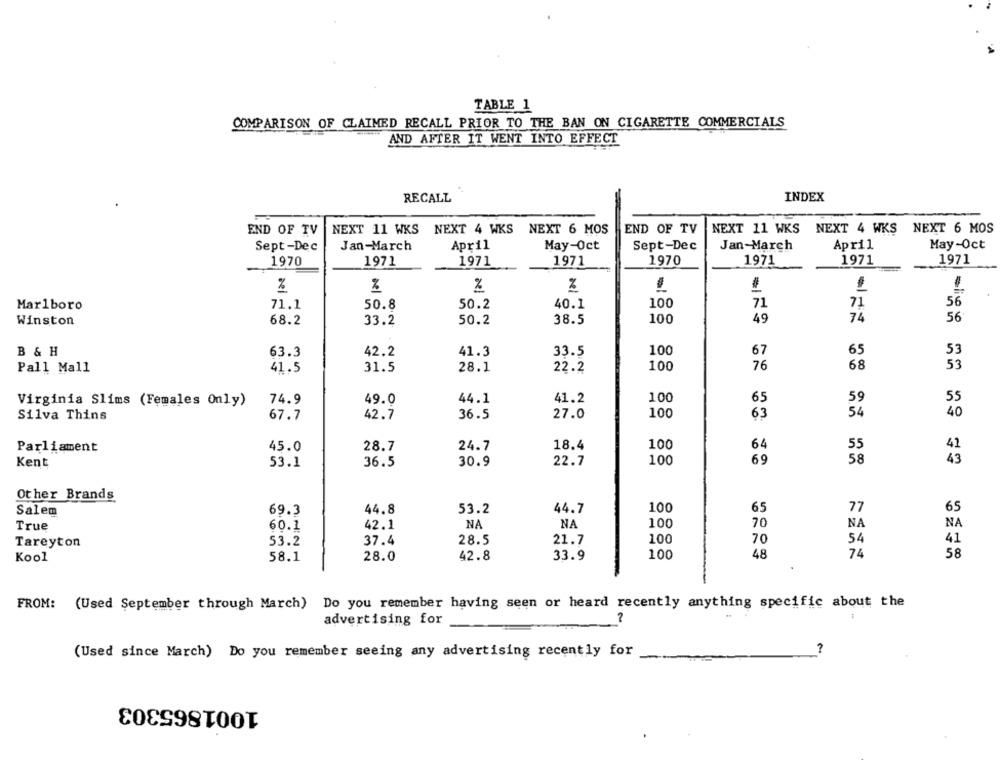
TABLE 1
COMPARISON OF CLAIMED RECALL PRIOR TO THE BAN ON CIGARETTE COMMERCIALS
AND AFTER IT WENT INTO EFFECT
RECALL
INDEX
NEXT 11 WKS NEXT 4 WKS NEXT 6 MOS
END OF TV
NEXT 11 WKS NEXT 4 WKS NEXT 6 MOS
END OF TV
May-Oct
Sept-Dec
Jan-March
April
May-Oct
Sept-Dec
Jan-March
April
1970
1971
1971
1971
1970
1971
1971
1971
2
1
Marlboro
71.1
50.8
50.2
40.1
100
71
71
56
Winston
68.2
33.2
50.2
38.5
100
49
74
56
B & H
33.5
100
67
65
53
63.3
42.2
41.3
100
76
68
53
Pall Mall
41.5
31.5
28.1
22.2
59
55
Virginia Slims (Females Only)
74.9
49.0
44.1
41.2
100
65
54
40
Silva Thins
67.7
42.7
36.5
27.0
100
63
64
Parliament
45.0
28.7
24.7
18.4
100
55
41
69
58
43
Kent
53.1
36.5
30.9
22.7
100
Other Brands
Salem
69.3
44.8
53.2
44.7
100
65
77
65
True
60.1
42.1
NA
NA
100
70
NA
NA
Tareyton
53.2
37.4
28.5
21.7
100
70
54
41
Kool
58.1
28.0
42.8
33.9
100
48
74
58
FROM: (Used September through March) Do you remember having seen or heard recently anything specific about the
2
advertising for
(Used since March) Do you remember seeing any advertising recently for
1001865303